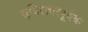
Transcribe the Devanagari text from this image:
सुविस्तारपूर्वक